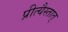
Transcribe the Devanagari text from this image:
प्रीत्यैस्तात्